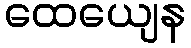
ထေယျေန